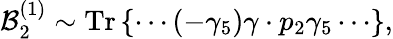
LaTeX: {\cal B}_{2}^{(1)}\sim\mathrm{Tr}\left\{ \cdots(-\gamma_{5})\gamma\cdot p_{2}\gamma_{5}\cdots\right\} ,